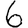
Digit: 6